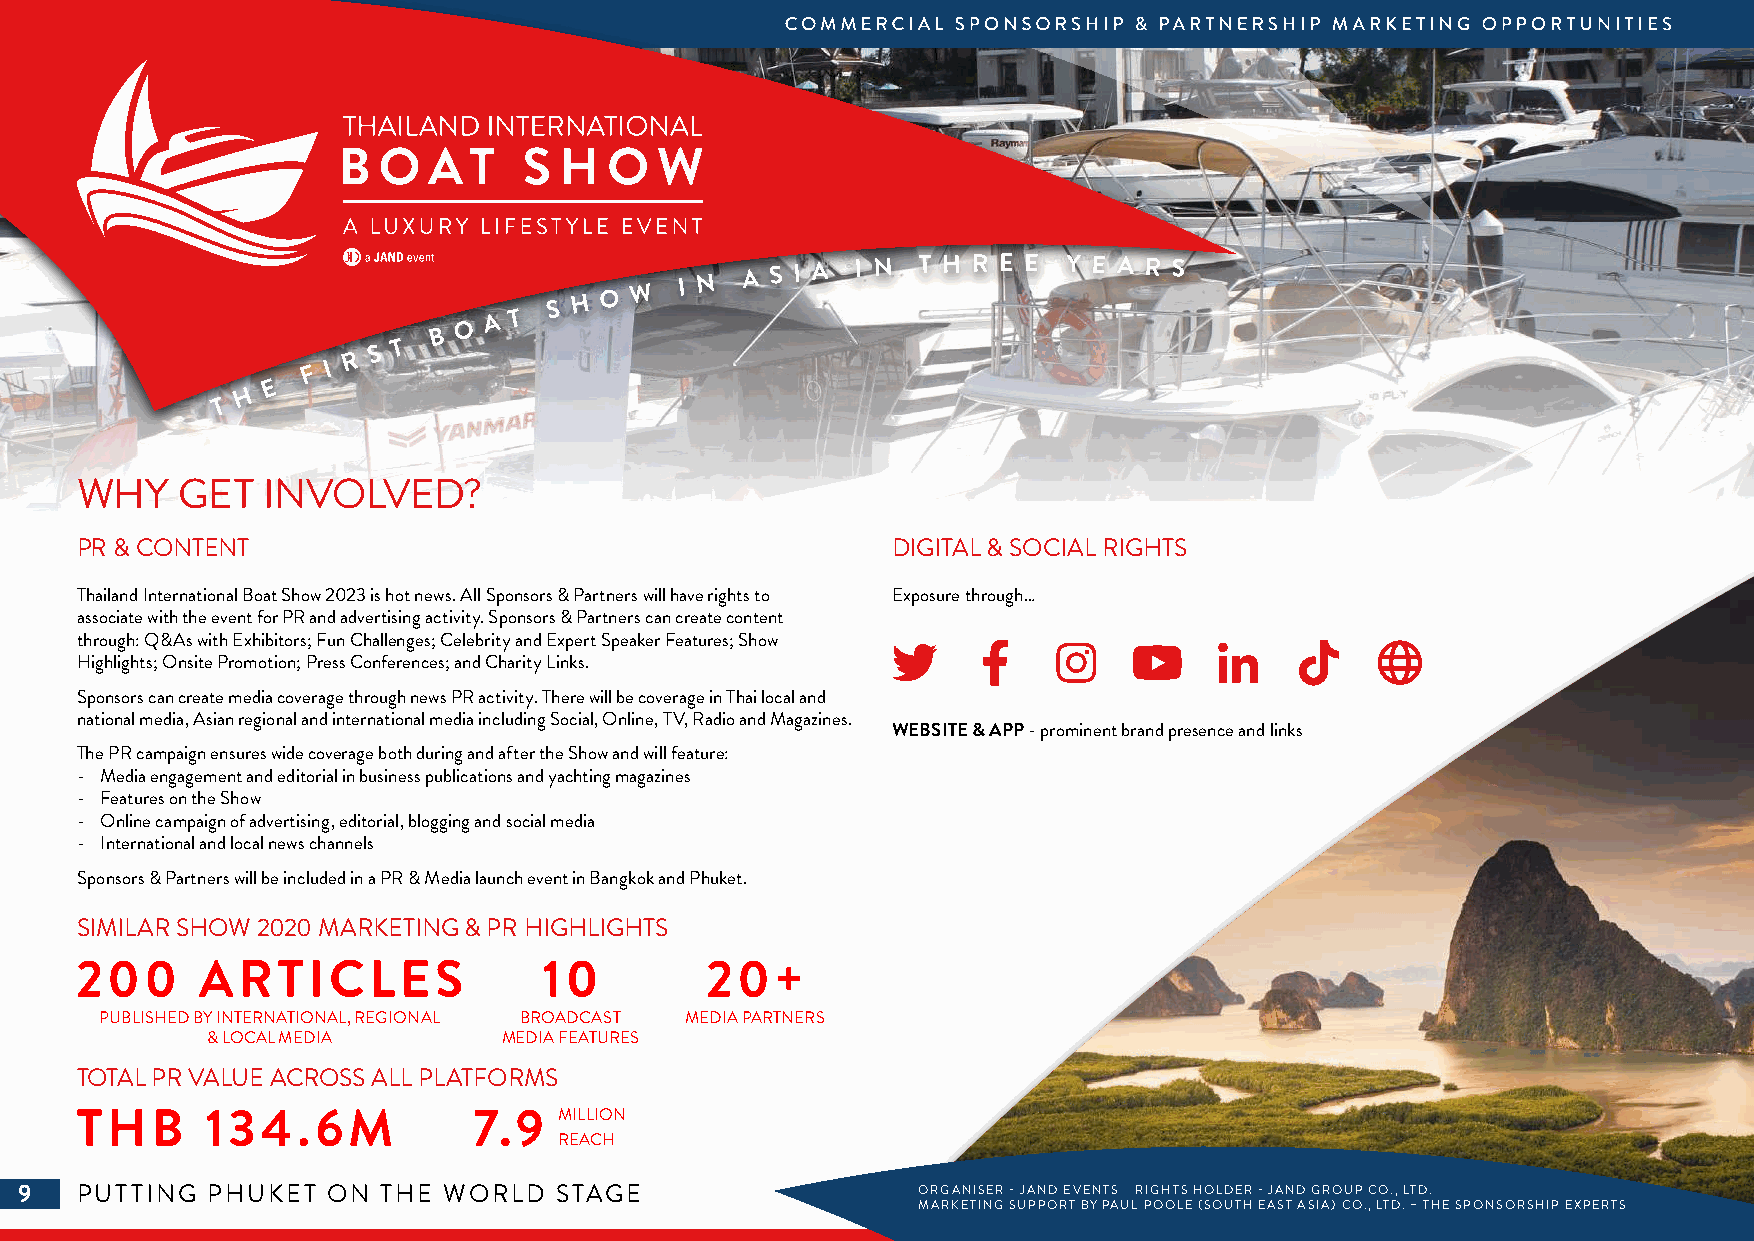
O A T
 S H O W  I N A S I A I N T H R E E Y E A R S
 B
 T
 S
 R
 F I
 E
 H
 T
 WHY    GET  INVOLVED?
 PR & CONTENT                                          DIGITAL & SOCIAL RIGHTS
 Thailand International Boat Show 2023 is hot news. All Sponsors & Partners will have rights to Exposure through…
 associate with the event for PR and advertising activity. Sponsors & Partners can create content
 through: Q&As with Exhibitors; Fun Challenges; Celebrity and Expert Speaker Features; Show
 Highlights; Onsite Promotion; Press Conferences; and Charity Links.
 Sponsors can create media coverage through news PR activity. There will be coverage in Thai local and
 national media, Asian regional and international media including Social, Online, TV, Radio and Magazines.
 WEBSITE & APP - prominent brand presence and links
 The PR campaign ensures wide coverage both during and after the Show and will feature:
 - Media engagement and editorial in business publications and yachting magazines
 - Features on the Show
 - Online campaign of advertising, editorial, blogging and social media
 - International and local news channels
 Sponsors & Partners will be included in a PR & Media launch event in Bangkok and Phuket.
 SIMILAR SHOW 2020 MARKETING & PR HIGHLIGHTS
 200     ARTICLES               10         20+
 PUBLISHED BY INTERNATIONAL, REGIONAL BROADCAST MEDIA PARTNERS
 & LOCAL MEDIA      MEDIA FEATURES
 TOTAL PR VALUE ACROSS ALL PLATFORMS
 THB      134.6M           7.9   MILLION
 REACH
 9   PUTTING  PHUKET  ON THE WORLD   STAGE                   ORGANISER - JAND EVENTS RIGHTS HOLDER - JAND GROUP CO., LTD.
 MARKETING SUPPORT BY PAUL POOLE (SOUTH EAST ASIA) CO., LTD. – THE SPONSORSHIP EXPERTS